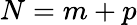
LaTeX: N=m+p